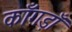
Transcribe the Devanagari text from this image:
काँगड़ाँ